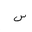
Letter: _sin